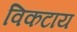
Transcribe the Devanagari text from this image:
विकटाय